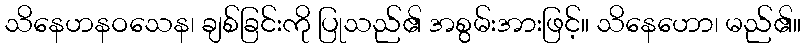
သိနေဟနဝသေန၊ ချစ်ခြင်းကို ပြုသည်၏ အစွမ်းအားဖြင့်။ သိနေဟော၊ မည်၏။